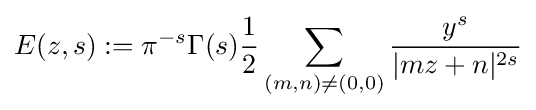
E(z,s):=\pi ^{-s}\Gamma (s){\frac {1}{2}}\sum _{(m,n)\neq (0,0)}{\frac {y^{s}}{|mz+n|^{2s}}}